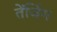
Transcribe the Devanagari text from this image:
तेंजिंग